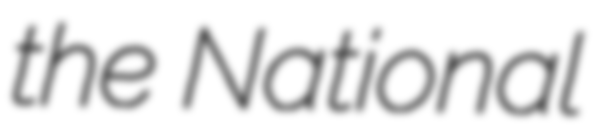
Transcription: the National